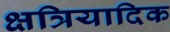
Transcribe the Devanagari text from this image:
क्षत्रियादिक